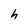
Character: h